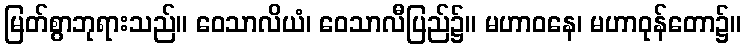
မြတ်စွာဘုရားသည်။ ဝေသာလိယံ၊ ဝေသာလီပြည်၌။ မဟာဝနေ၊ မဟာဝုန်တော၌။